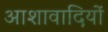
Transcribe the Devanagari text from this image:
आशावादियों